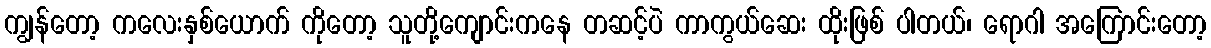
ကျွန်တော့ ကလေးနှစ်ယောက် ကိုတော့ သူတို့ကျောင်းကနေ တဆင့်ပဲ ကာကွယ်ဆေး ထိုးဖြစ် ပါတယ်၊ ရောဂါ အကြောင်းတော့